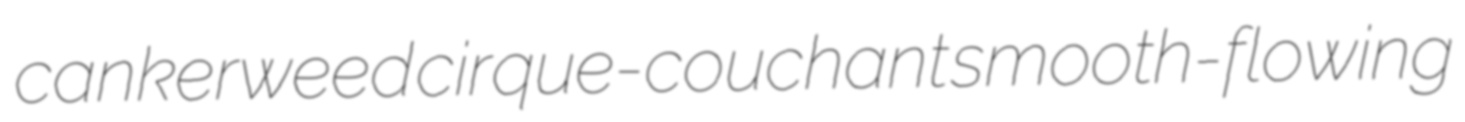
cankerweed cirque-couchant smooth-flowing